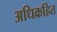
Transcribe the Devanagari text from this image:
अधिक्रहित